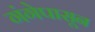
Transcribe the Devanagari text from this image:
गंगेपासून